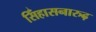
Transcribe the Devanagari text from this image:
सिँहासनारुढ़